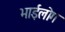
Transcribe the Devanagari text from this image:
भाईलोग